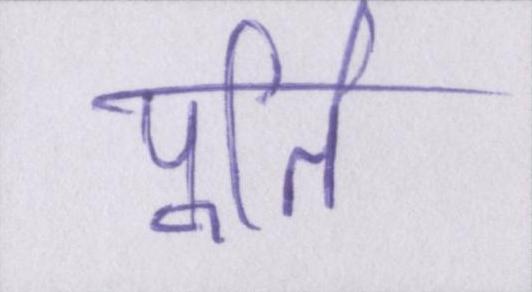
पूर्ति